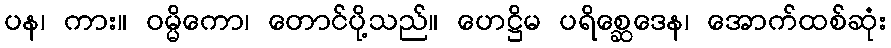
ပန၊ ကား။ ဝမ္မိကော၊ တောင်ပို့သည်။ ဟေဋ္ဌိမ ပရိစ္ဆေဒေန၊ အောက်ထစ်ဆုံး